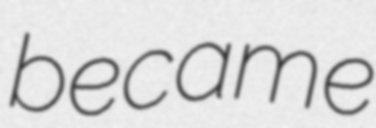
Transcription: became